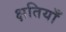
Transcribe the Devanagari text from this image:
क्षतियाँ